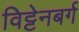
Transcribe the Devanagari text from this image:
विट्टेनबर्ग